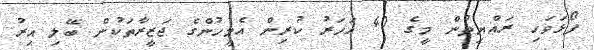
ފޯޅަވަހި ރައްޔިތުން މީގެ 40 އަހަރު ކުރިން އެމީހުންގެ ޖަޒީރާތަކުން ބޭލި އިރު